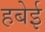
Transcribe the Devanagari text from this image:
हबेई